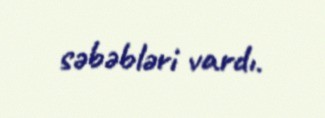
səbəbləri vardı.